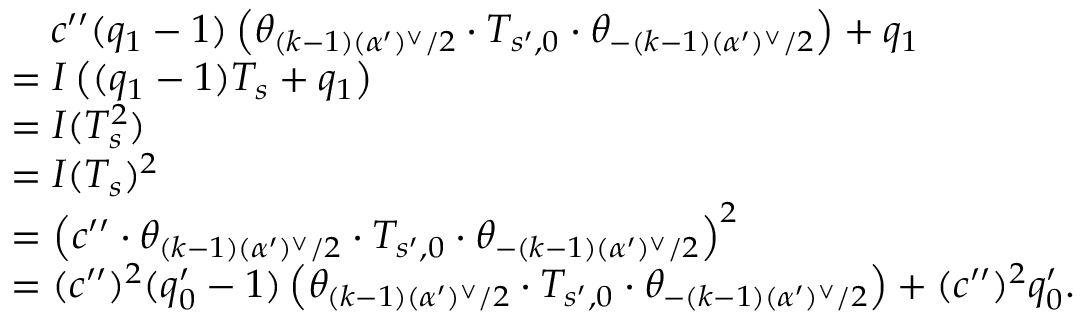
\begin{array} { r l } & { \quad c ^ { \prime \prime } ( q _ { 1 } - 1 ) \left( \theta _ { ( k - 1 ) ( \alpha ^ { \prime } ) ^ { \vee } / 2 } \cdot T _ { s ^ { \prime } , 0 } \cdot \theta _ { - ( k - 1 ) ( \alpha ^ { \prime } ) ^ { \vee } / 2 } \right) + q _ { 1 } } \\ & { = I \left( ( q _ { 1 } - 1 ) T _ { s } + q _ { 1 } \right) } \\ & { = I ( T _ { s } ^ { 2 } ) } \\ & { = I ( T _ { s } ) ^ { 2 } } \\ & { = \left( c ^ { \prime \prime } \cdot \theta _ { ( k - 1 ) ( \alpha ^ { \prime } ) ^ { \vee } / 2 } \cdot T _ { s ^ { \prime } , 0 } \cdot \theta _ { - ( k - 1 ) ( \alpha ^ { \prime } ) ^ { \vee } / 2 } \right) ^ { 2 } } \\ & { = ( c ^ { \prime \prime } ) ^ { 2 } ( q _ { 0 } ^ { \prime } - 1 ) \left( \theta _ { ( k - 1 ) ( \alpha ^ { \prime } ) ^ { \vee } / 2 } \cdot T _ { s ^ { \prime } , 0 } \cdot \theta _ { - ( k - 1 ) ( \alpha ^ { \prime } ) ^ { \vee } / 2 } \right) + ( c ^ { \prime \prime } ) ^ { 2 } q _ { 0 } ^ { \prime } . } \end{array}